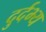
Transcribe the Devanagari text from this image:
दुर्दभ्य